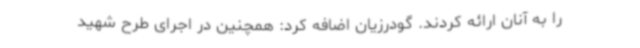
را به آنان ارائه کردند. گودرزیان اضافه کرد: همچنین در اجرای طرح شهید